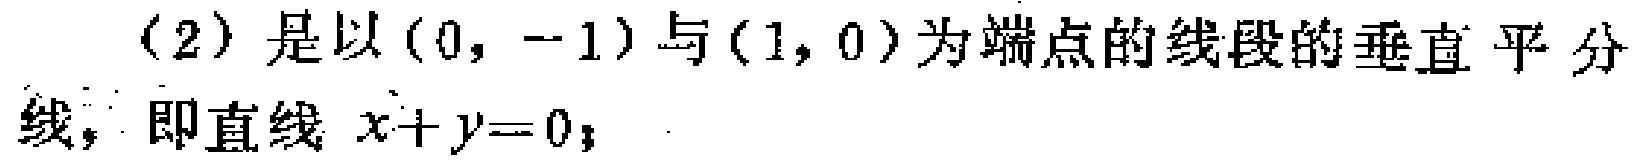
(2) 是以$(0, -1)$与$(1, 0)$为端点的线段的垂直平分线，即直线$x + y = 0$；